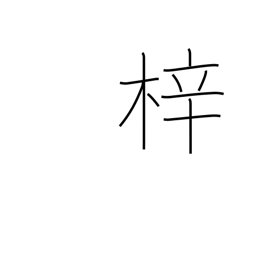
Meaning: woodblock printing